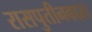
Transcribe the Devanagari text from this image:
रासपुतीनबद्दल